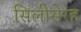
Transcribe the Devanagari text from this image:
सिलीसेरह